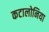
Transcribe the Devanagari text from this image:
कटालोनिया